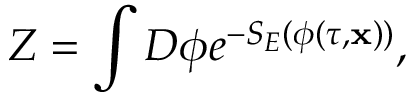
Z = \int { \cal D } \phi e ^ { - S _ { E } ( \phi ( \tau , { \bf x } ) ) } ,